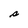
Character: s